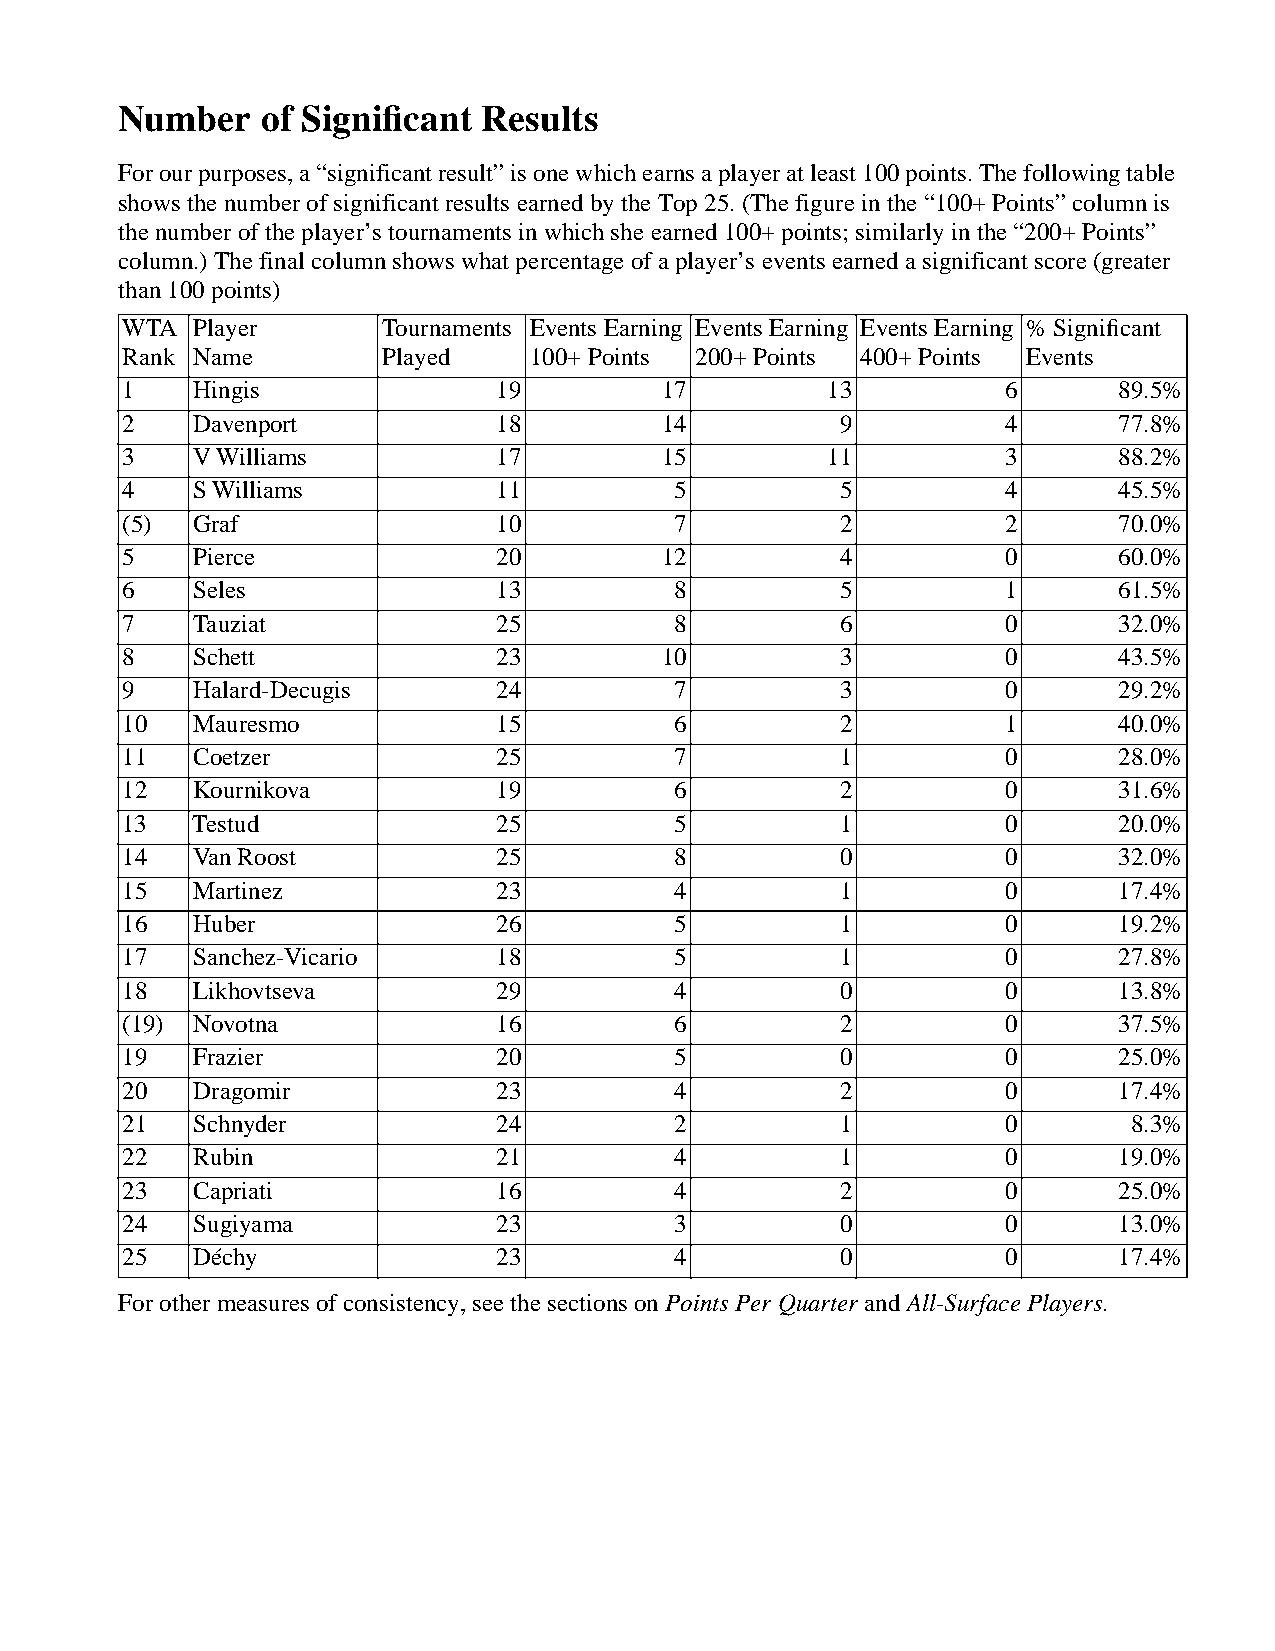
Number    of Significant Results
 For our purposes, a “significant result” is one which earns a player at least 100 points. The following table
 shows the number of significant results earned by the Top 25. (The figure in the “100+ Points” column is
 the number of the player’s tournaments in which she earned 100+ points; similarly in the “200+ Points”
 column.) The final column shows what percentage of a player’s events earned a significant score (greater
 than 100 points)
 WTA Player       Tournaments Events Earning Events Earning Events Earning % Significant
 Rank Name        Played   100+ Points 200+ Points 400+ Points Events
 1   Hingis              19         17         13          6      89.5%
 2   Davenport           18         14          9          4      77.8%
 3   V Williams          17         15         11          3      88.2%
 4   S Williams          11          5          5          4      45.5%
 (5) Graf                10          7          2          2      70.0%
 5   Pierce              20         12          4          0      60.0%
 6   Seles               13          8          5          1      61.5%
 7   Tauziat             25          8          6          0      32.0%
 8   Schett              23         10          3          0      43.5%
 9   Halard-Decugis      24          7          3          0      29.2%
 10  Mauresmo            15          6          2          1      40.0%
 11  Coetzer             25          7          1          0      28.0%
 12  Kournikova          19          6          2          0      31.6%
 13  Testud              25          5          1          0      20.0%
 14  Van Roost           25          8          0          0      32.0%
 15  Martinez            23          4          1          0      17.4%
 16  Huber               26          5          1          0      19.2%
 17  Sanchez-Vicario     18          5          1          0      27.8%
 18  Likhovtseva         29          4          0          0      13.8%
 (19) Novotna            16          6          2          0      37.5%
 19  Frazier             20          5          0          0      25.0%
 20  Dragomir            23          4          2          0      17.4%
 21  Schnyder            24          2          1          0       8.3%
 22  Rubin               21          4          1          0      19.0%
 23  Capriati            16          4          2          0      25.0%
 24  Sugiyama            23          3          0          0      13.0%
 25  Déchy               23          4          0          0      17.4%
 For other measures of consistency, see the sections on Points Per Quarter and All-Surface Players.